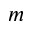
m